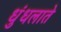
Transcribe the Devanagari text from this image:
धुंधलाते